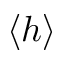
\langle h \rangle